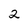
Character: 2